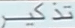
تذْكِير